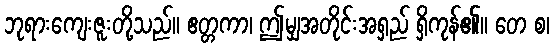
ဘုရားကျေးဇူးတို့သည်။ ဧတ္တကာ၊ ဤမျှအတိုင်းအရှည် ရှိကုန်၏။ တေ စ၊